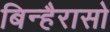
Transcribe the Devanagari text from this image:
बिन्हैरासो